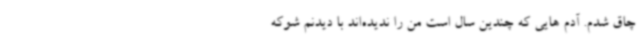
چاق شدم. آدم هایی که چندین سال است من را ندیده‌اند با دیدنم شوکه